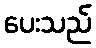
ပေးသည်